Civil Veterinary Dept. Bombay admin report 1900-1906 - 1900-1906
Year: 1900
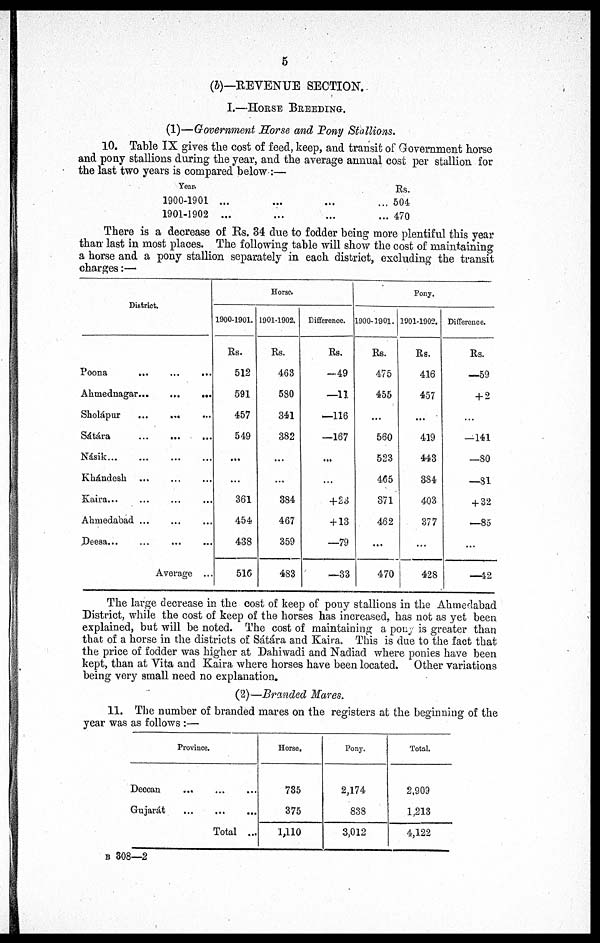
5
(b)— REVENUE SECTION.
I.—HORSE BREEDING.
(1)—Government Horse and Pony Stallions.
10. Table IX gives the cost of feed, keep, and transit of Government horse
and pony stallions during the year, and the average annual cost per stallion for
the last two years is compared below:—
Year.
1900-1901 ...
1901-1902 ...
Rs.
... 504
... 470
There is a decrease of Rs. 34 due to fodder being more plentiful this year
than last in most places. The following table will show the cost of maintaining
a horse and a pony stallion separately in each district, excluding the transit
charges:—
District.
Poona ... ... ...
Ahmednagar
...
...
...
Sholápur
...
... ...
Sátára
...
...
...
Násik
...
...
...
...
Khándesh ... ... ...
Kaira ... ... ... ...
Ahmedabad ... ... ...
Deesa . . . ...
...
...
Average ...
Horse.
1900-1901.
Rs.
512
591
457
549
...
...
361
454
438
516
1901-1902.
Rs.
463
580
341
382
...
...
384
467
359
483
Difference.
Rs.
—49
—11
—116
—167
...
...
+ 23
+ 13
—79
—33
Pony.
1900-1901.
Rs.
475
455
...
560
523
465
371
462
...
470
1901-1902.
Rs.
416
457
...
419
443
384
403
377
...
428
Difference.
Rs.
—59
+ 2
...
—141
—80
—81
+ 32
—85
...
—42
The large decrease in the cost of keep of pony stallions in the Ahmedabad
District, while the cost of keep of the horses has increased, has not as yet been
explained, but will be noted. The cost of maintaining a pony is greater than
that of a horse in the districts of Sátára and Kaira. This is due to the fact that
the price of fodder was higher at Dahiwadi and Nadiad where ponies have been
kept, than at Vita and Kaira where horses have been located. Other variations
being very small need no explanation.
(2)—Branded Mares.
11. The number of branded mares on the registers at the beginning of the
year was as follows :—
Province.
Deccan ... ... ...
Gujarat ... ... ...
Total ...
Horse.
735
375
1,110
Pony.
2,174
838
3,012
Total.
2,909
1,213
4,122
B 308—2